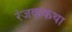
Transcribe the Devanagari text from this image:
रंजककथा